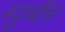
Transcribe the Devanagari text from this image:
म्युबीन